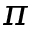
\pi